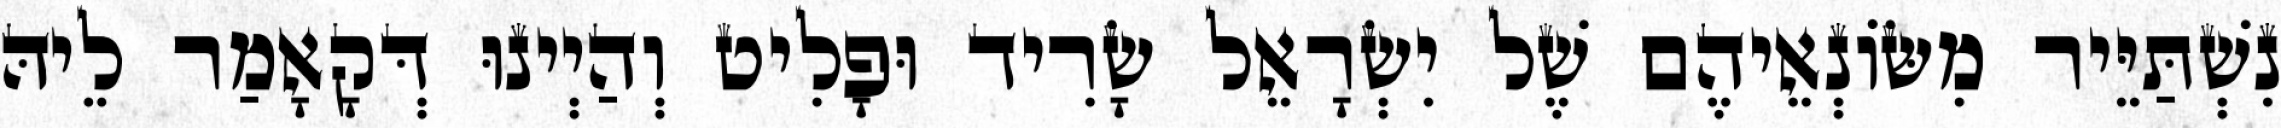
נִשְׁתַּיֵּיר מִשּׂוֹנְאֵיהֶם שֶׁל יִשְׂרָאֵל שָׂרִיד וּפָלִיט וְהַיְינוּ דְּקָאָמַר לֵיהּ